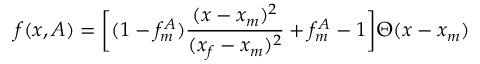
f ( x , A ) = \biggl [ ( 1 - f _ { m } ^ { A } ) \frac { ( x - x _ { m } ) ^ { 2 } } { ( x _ { f } - x _ { m } ) ^ { 2 } } + f _ { m } ^ { A } - 1 \biggr ] \Theta ( x - x _ { m } ) \,